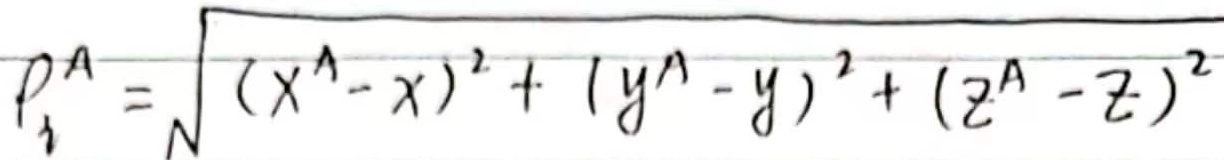
\(p_{1}^{A}=\sqrt{(x^{A}-x)^{2}+(y^{A}-y)^{2}+(z^{A}-z)^{2}}\)